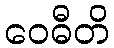
ဝေဓီတိ